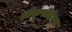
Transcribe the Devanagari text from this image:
ऑक्‍सीडेंटल